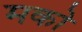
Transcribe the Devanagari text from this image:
मको